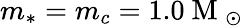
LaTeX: m_{*}=m_{c}=1.0\mathrm{~M~}_{\odot}